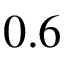
0 . 6